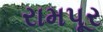
રામપૂર